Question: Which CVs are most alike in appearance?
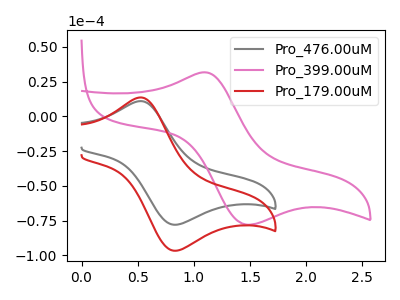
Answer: <think>The gray curve "Pro_476.00uM" has an anodic peak at (0.55V, 10.95uA) and a cathodic peak at (0.80V, -77.95uA). The pink curve "Pro_399.00uM" has an anodic peak at (1.10V, 31.65uA) and a cathodic peak at (1.45V, -77.90uA). The red curve "Pro_179.00uM" has an anodic peak at (0.55V, 13.55uA) and a cathodic peak at (0.80V, -96.65uA).
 "Pro_476.00uM" and "Pro_399.00uM" have at least one peak that do not match. All the peaks in "Pro_476.00uM" have a peak in "Pro_179.00uM" at the same potential. Every peak in "Pro_476.00uM" is lower than every peak in "Pro_179.00uM". "Pro_399.00uM" and "Pro_179.00uM" have at least one peak that do not match.</think>
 <answer>"Pro_476.00uM" and "Pro_179.00uM" have the same shape and are likely CV's of the same chemical.</answer>
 <eval>"Pro_476.00uM" "Pro_179.00uM"</eval>